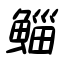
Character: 鯔